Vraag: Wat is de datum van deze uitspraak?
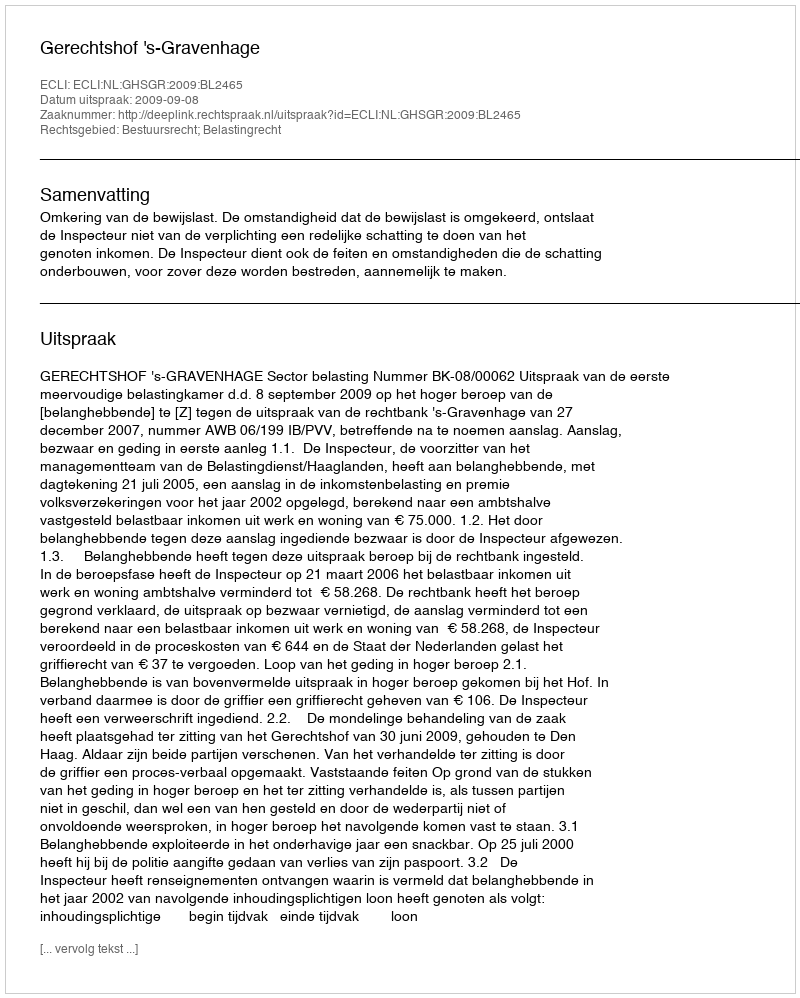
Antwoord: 2009-09-08